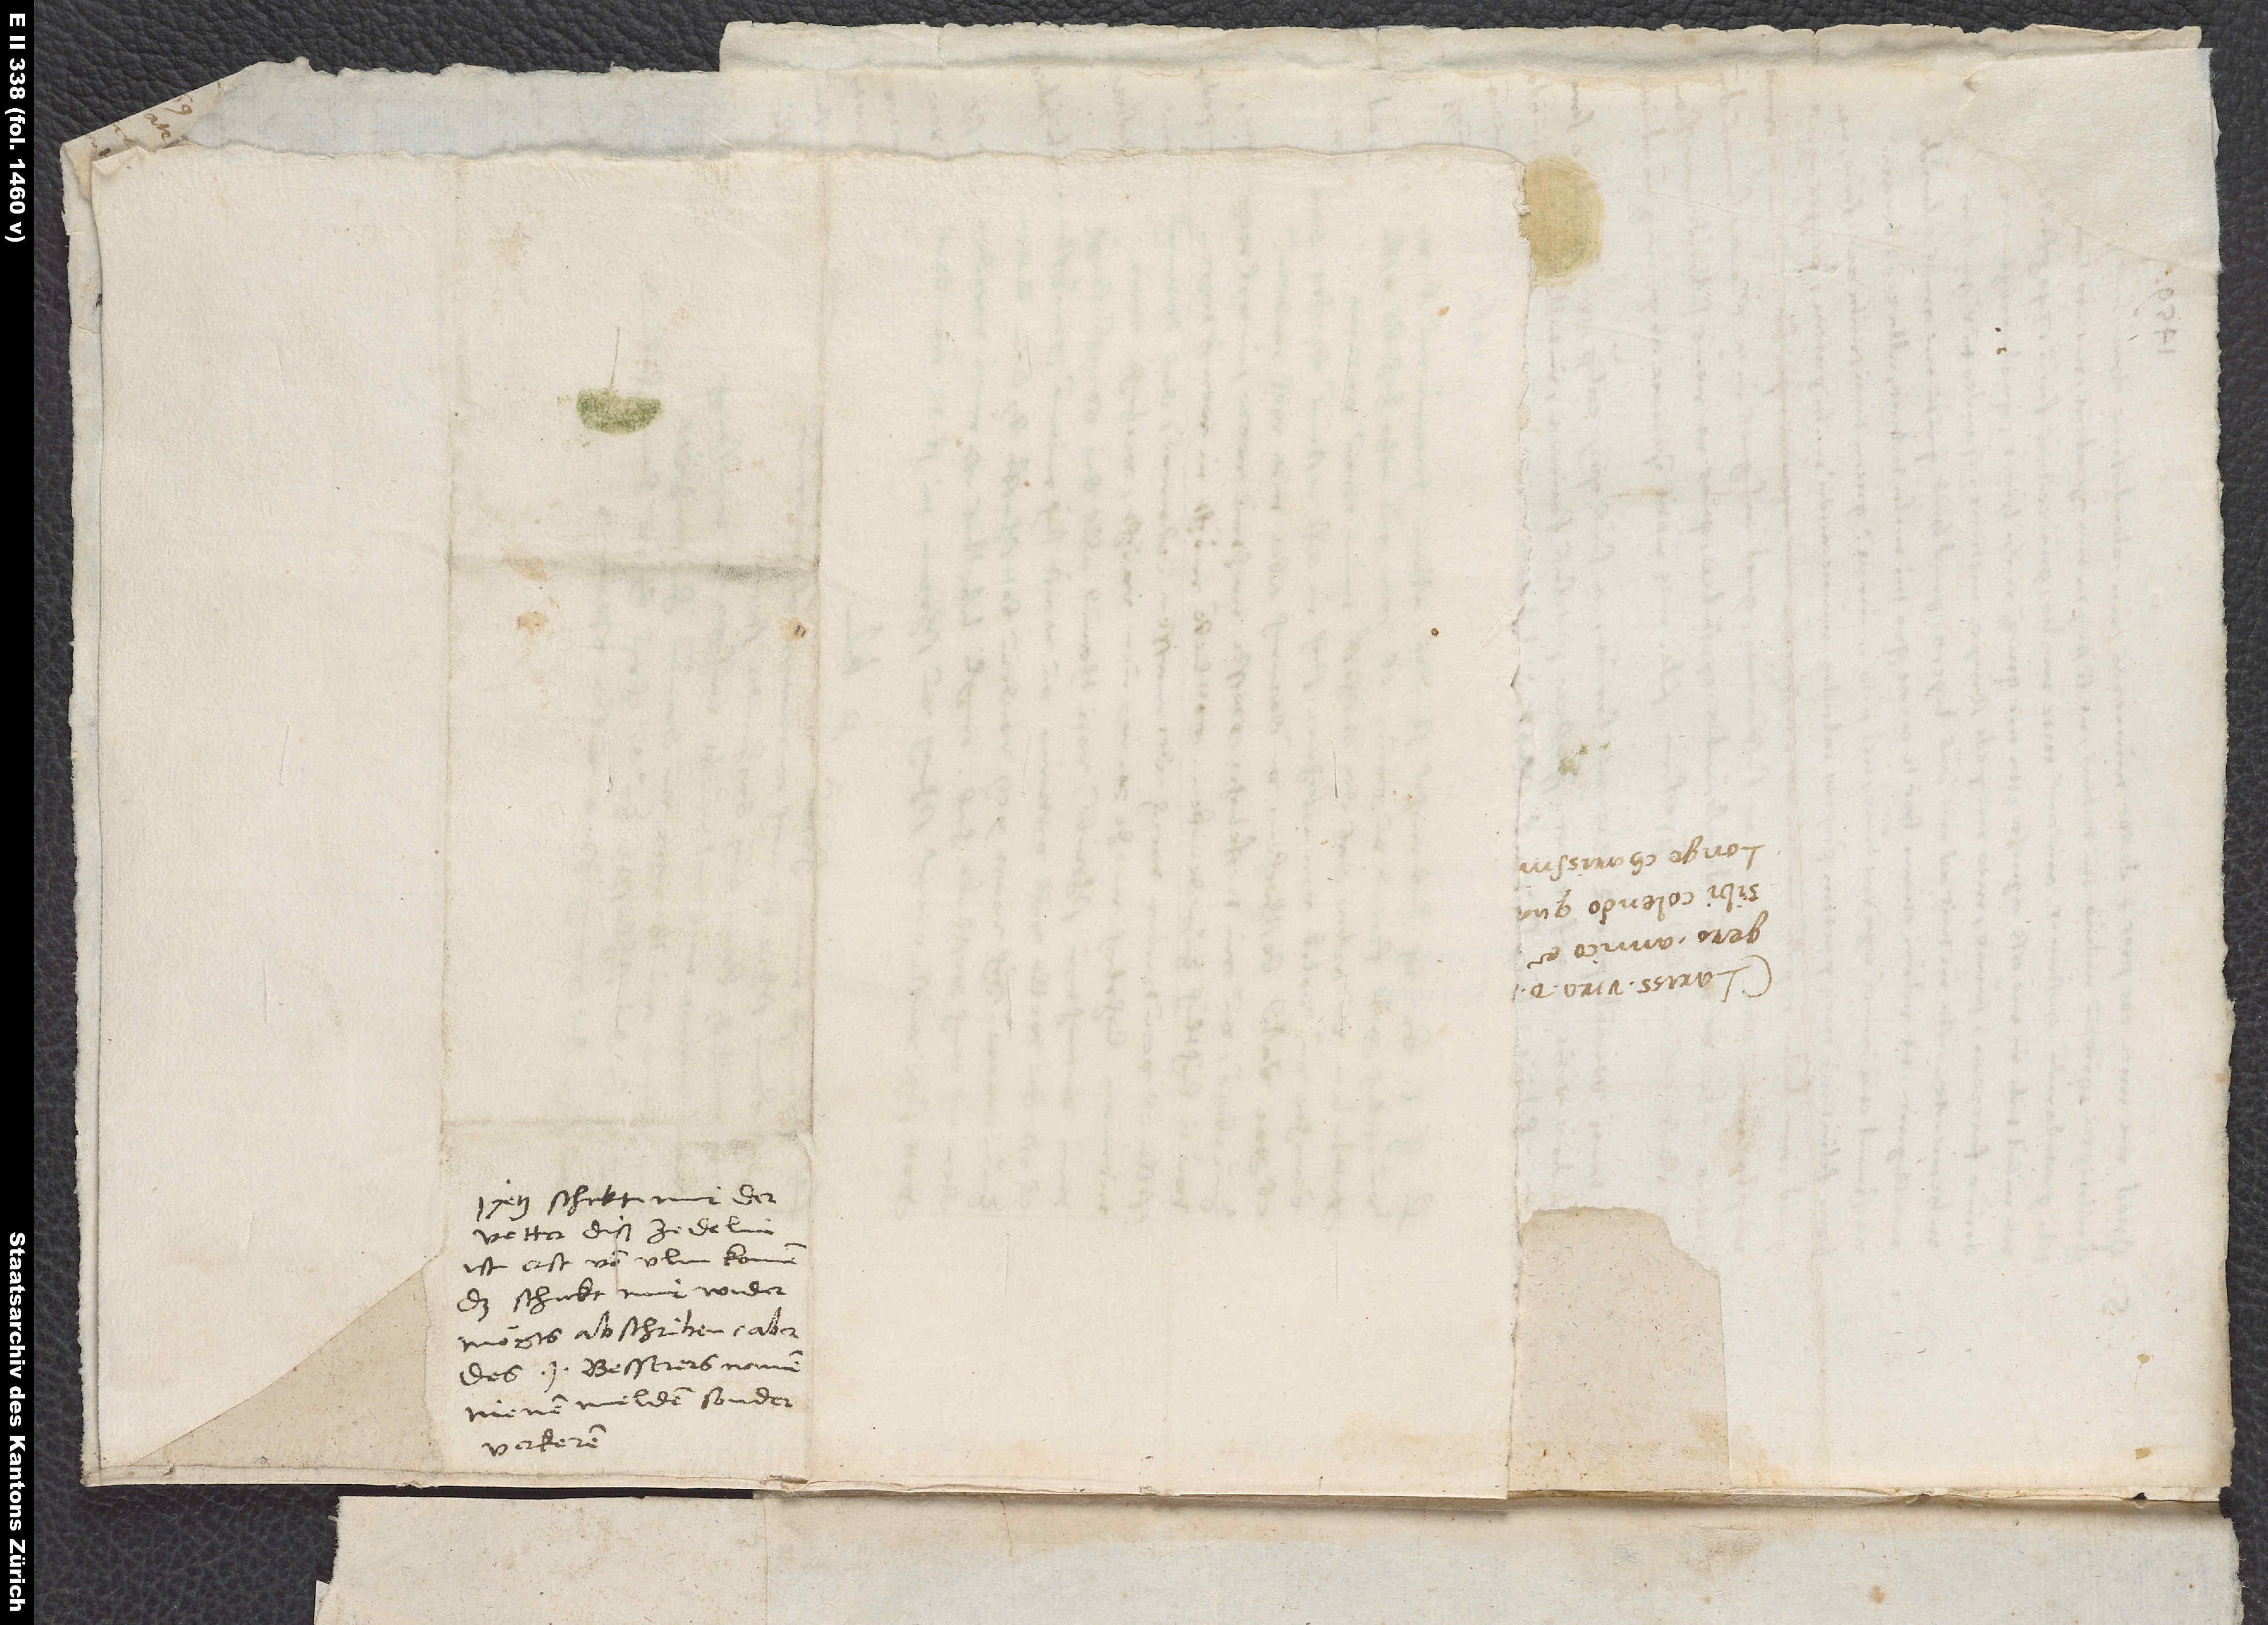
Jetz schickt mir der
vetter diß zedelin.
Ist erst von Ulm komen.
Das schickt mir wider.
Mögts abschriben, aber
des j Besserers namen
nienen melden, sonder
verkeren.